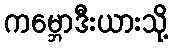
ကမ္ဘောဒီးယားသို့